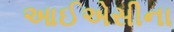
આઈએસીના